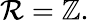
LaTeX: \mathcal{R}=\mathbb{{Z}}.